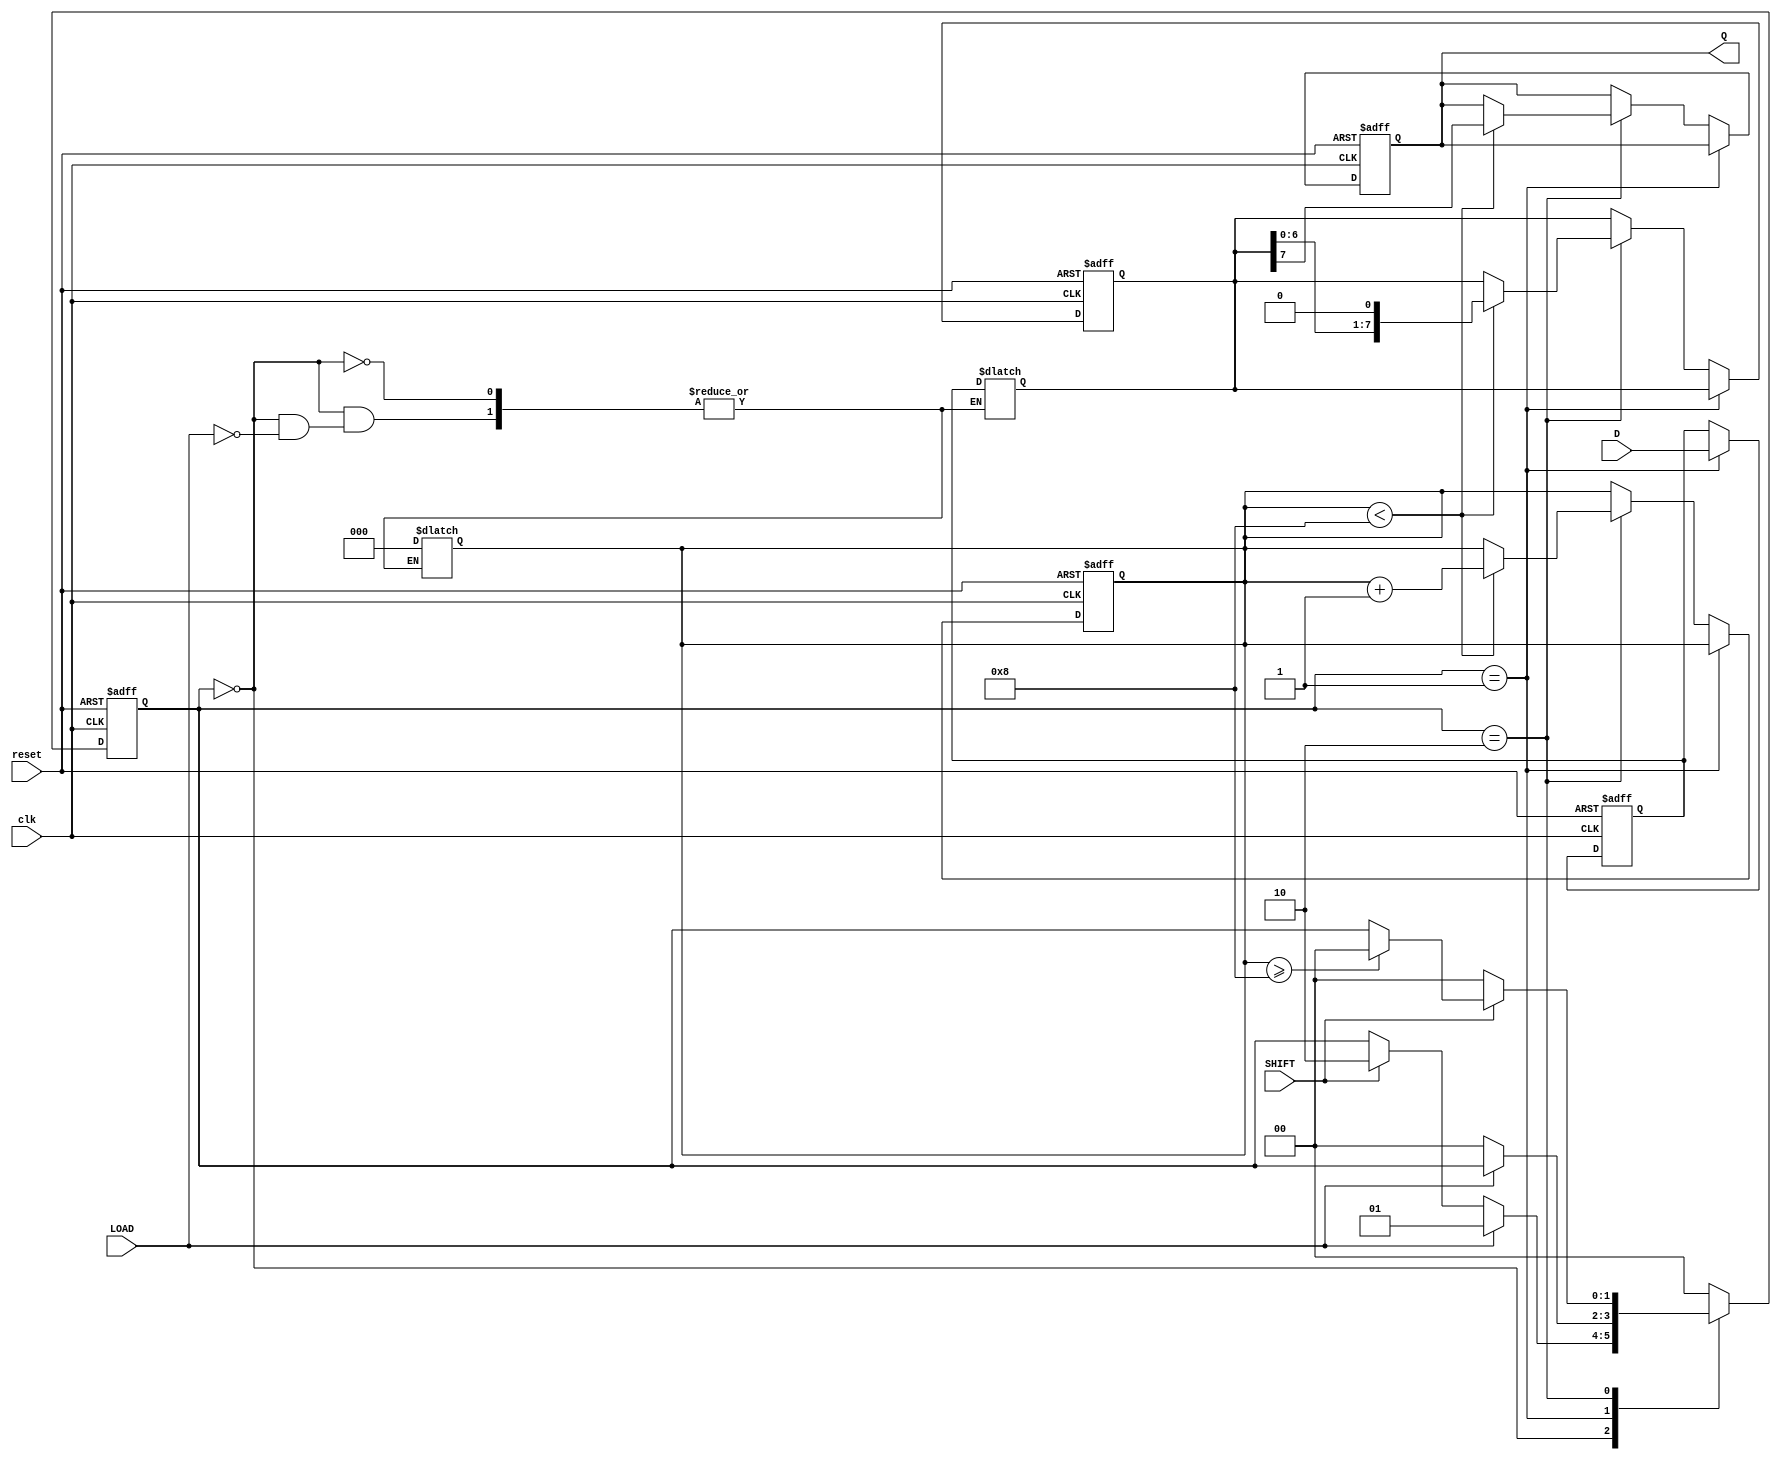
module TwoStagePISO (
    input wire clk,          // Clock signal
    input wire reset,        // Reset signal
    input wire LOAD,         // Load control signal
    input wire SHIFT,        // Shift control signal
    input wire [7:0] D,      // Parallel data input
    output reg Q            // Serial output
);

    // Internal registers for the two stages
    reg [7:0] input_reg;     // Input stage register
    reg [7:0] output_reg;    // Output stage register
    reg [2:0] bit_counter;    // Counter to track the number of bits shifted out

    // State machine states
    localparam IDLE = 2'b00,
               LOAD_STATE = 2'b01,
               SHIFT_STATE = 2'b10;

    reg [1:0] state, next_state;

    // Sequential logic for state transition and data loading/shifting
    always @(posedge clk or posedge reset) begin
        if (reset) begin
            state <= IDLE;
            input_reg <= 8'b0;
            output_reg <= 8'b0;
            Q <= 1'b0;
            bit_counter <= 3'b0;
        end else begin
            state <= next_state;
            if (state == LOAD_STATE) begin
                input_reg <= D; // Load data into the input register
            end else if (state == SHIFT_STATE) begin
                if (bit_counter < 8) begin
                    Q <= output_reg[7]; // Output the MSB of output_reg
                    output_reg <= {output_reg[6:0], 1'b0}; // Shift left
                    bit_counter <= bit_counter + 1; // Increment bit counter
                end
            end
        end
    end

    // Combinational logic for next state and output register
    always @(*) begin
        next_state = state; // Default state remains unchanged

        case (state)
            IDLE: begin
                if (LOAD) begin
                    next_state = LOAD_STATE; // Transition to loading state
                    bit_counter = 3'b0; // Reset bit counter
                    output_reg = input_reg; // Initialize output register with input data
                end
                else if (SHIFT) begin
                    next_state = SHIFT_STATE; // Transition to shifting state
                end
            end
            
            LOAD_STATE: begin
                if (!LOAD) begin
                    next_state = IDLE; // Return to idle state after loading
                end
            end
            
            SHIFT_STATE: begin
                if (!SHIFT) begin
                    next_state = IDLE; // Return to idle state after shifting
                end
                else if (bit_counter >= 8) begin
                    next_state = IDLE; // Complete shifting, return to idle
                end
            end
            
            default: next_state = IDLE; // Default state
        endcase
    end

endmodule